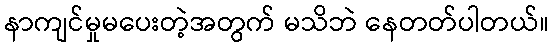
နာကျင်မှုမပေးတဲ့အတွက် မသိဘဲ နေတတ်ပါတယ်။